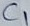
Text: C1